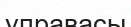
управасы